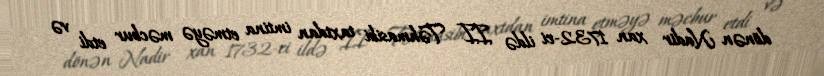
dönən Nadir xan 1732-ci ildə II Təhmasibi taxtdan imtina etməyə məcbur etdi və